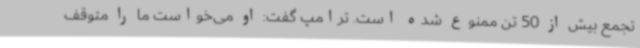
تجمع بیش از 50 تن ممنوع شده است. ترامپ گفت: او می‌خواست ما را متوقف